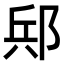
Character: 𨛪